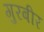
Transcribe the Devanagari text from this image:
गुरबीर